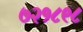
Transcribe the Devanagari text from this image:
७२१८९८